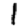
Digit: 1